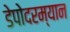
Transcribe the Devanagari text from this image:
डेपोदरम्यान